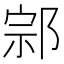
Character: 𨛱